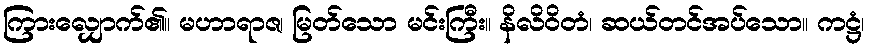
ကြားလျှောက်၏။ မဟာရာဇ၊ မြတ်သော မင်းကြီး။ နိလိဝိတံ၊ ဆယ်တင်အပ်သော။ ကဋ္ဌံ၊